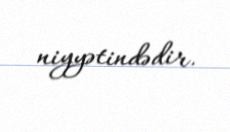
niyyətindədir.